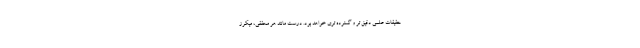
حقیقات علمی دقیق تر و گسترده تری خواهد بود. درست مانند هر محققی، میکرز